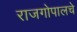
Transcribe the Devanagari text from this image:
राजगोपालचे